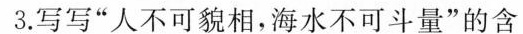
3.写写”人不可貌相，海水不可斗量”的含